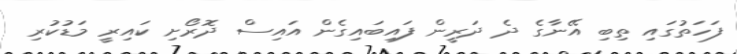
ފަހަތުގައި ތިބި އޭނާގެ ދެ ދަރީން ފައިބައިގެން އައިސް ދޮރޯށި ކައިރީ މަޑުކުރި